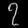
Digit: ၇